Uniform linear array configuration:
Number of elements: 16
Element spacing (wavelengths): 1
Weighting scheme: blackman
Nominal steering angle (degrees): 15
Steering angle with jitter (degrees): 13.635
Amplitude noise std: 0.05
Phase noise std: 0.05

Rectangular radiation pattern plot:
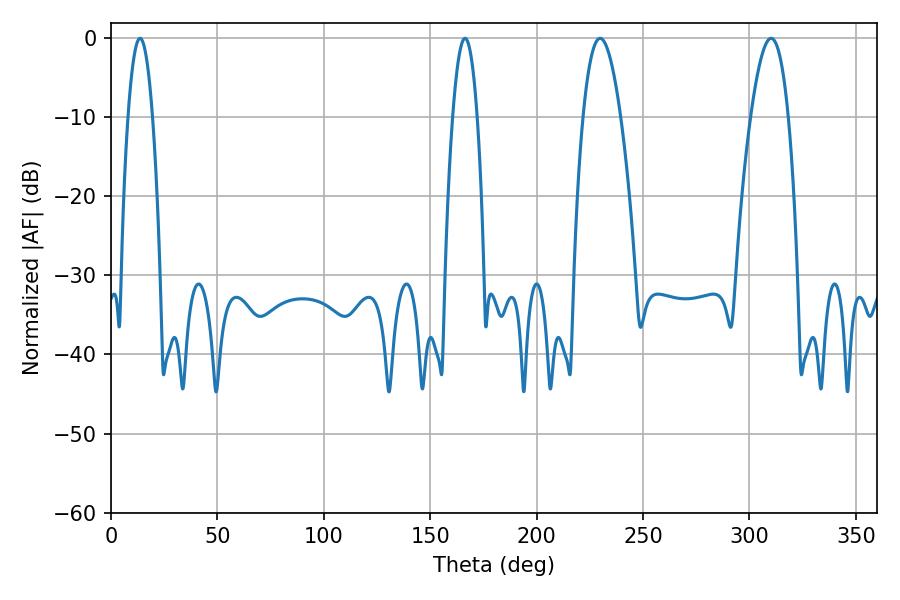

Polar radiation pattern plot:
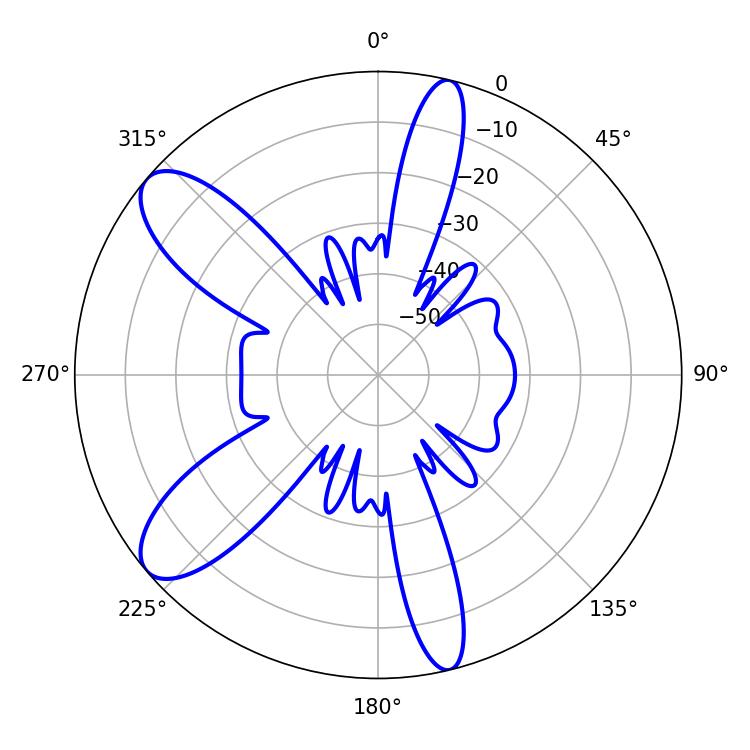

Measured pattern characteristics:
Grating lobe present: TRUE
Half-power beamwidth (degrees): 9.72
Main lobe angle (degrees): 229.86